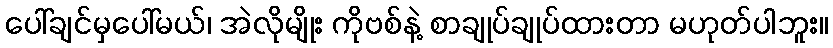
ပေါ်ချင်မှပေါ်မယ်၊ အဲလိုမျိုး ကိုဗစ်နဲ့ စာချုပ်ချုပ်ထားတာ မဟုတ်ပါဘူး။